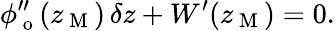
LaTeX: \phi_{\mathrm{~o~}}^{\prime\prime}(z_{\mathrm{~M~}})\, \delta z+W^{\prime}(z_{\mathrm{~M~}})=0.